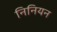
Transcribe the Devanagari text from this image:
निनियन